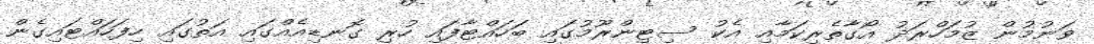
ވަނުމުން ޒުމަހްރަދު އޯގާތެރިކަމާއި އެކު ސިޓިންރޫމުގައި ބަހައްޓާފައި ހުރި ގޮނޑިއެއްގައި އަތުގައި ހިފަހައްޓައިގެެން